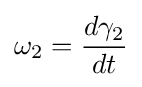
\omega _{2}={\frac {d\gamma _{2}}{dt}}